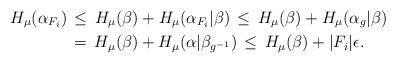
LaTeX: \begin{align*}H_\mu(\alpha_{F_i}) \,&\leq \, H_\mu(\beta)+H_\mu(\alpha_{F_i}|\beta)\, \leq \, H_\mu(\beta)+H_\mu(\alpha_g|\beta)\\&= \, H_\mu(\beta)+H_\mu(\alpha|\beta_{g^{-1}})\, \leq \, H_\mu(\beta)+|F_i|\epsilon. \end{align*}